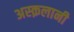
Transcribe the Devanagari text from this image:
अस्क़लानी